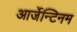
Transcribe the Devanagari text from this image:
आर्जेन्टिनम